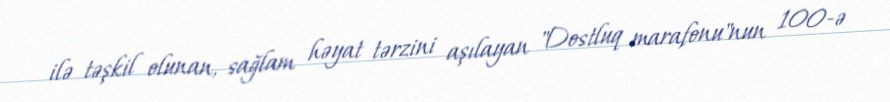
ilə təşkil olunan, sağlam həyat tərzini aşılayan "Dostluq marafonu"nun 100-ə